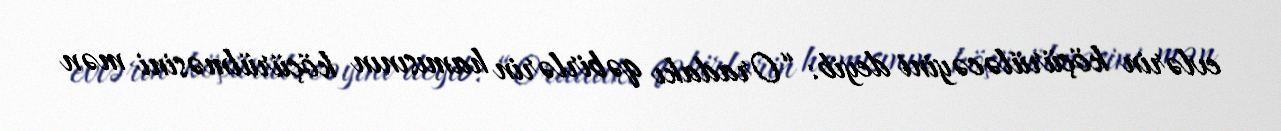
evlərin köçürüləcəyini deyib: “Oradakı qəbirlərin hamısının köçürülməsini mən